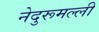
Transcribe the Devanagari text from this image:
नेदुरूमल्ली